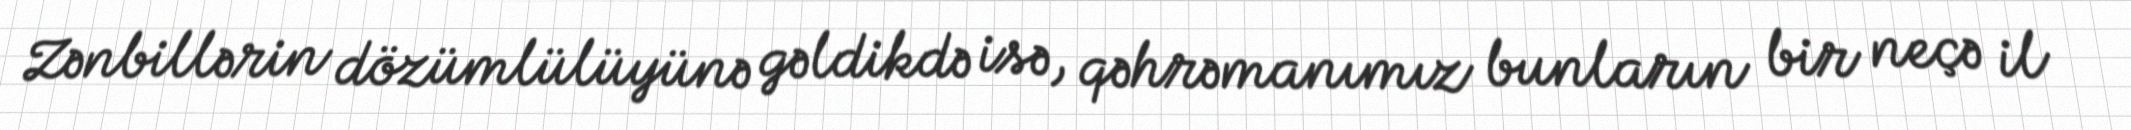
Zənbillərin dözümlülüyünə gəldikdə isə, qəhrəmanımız bunların bir neçə il